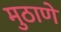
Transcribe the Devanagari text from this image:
मुठाणे